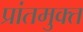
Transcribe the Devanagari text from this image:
प्रांतमुक्त